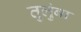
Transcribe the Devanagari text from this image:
तुलुंबा